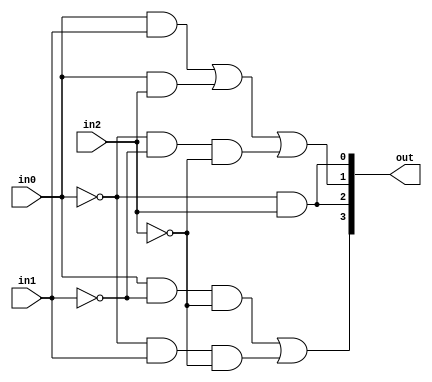
`timescale 1ns / 1ps

module Lab4_Design(in2, in1, in0, out);
	input in2, in1, in0;
	output reg [3:0]out;
	reg out3, out2, out1, out0;
	
	always @ (*)
	begin
		/** Calculated result from K Map (Start) **/
		out0=(!in0&in2);
		out1=(in0&in1)|(in0&in2)|(!in0&!in1&!in2);
		out2=(!in0&in2);
		out3=(in0&!in1&!in2)|(!in0&in1&!in2);
		/** Calculated result from K Map (End) **/
		
		out={out3, out2, out1, out0};
	end
endmodule